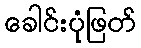
ခေါင်းပုံဖြတ်